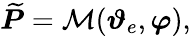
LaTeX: \widetilde{\boldsymbol{P}}=\mathcal{M}(\boldsymbol{\vartheta}_{e},\boldsymbol{\varphi}),